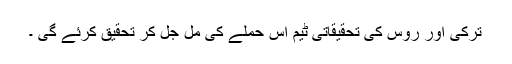
ترکی اور روس کی تحقیقاتی ٹیم اس حملے کی مل جل کر تحقیق کرئے گی ۔